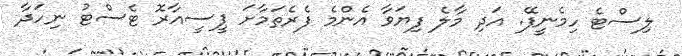
ލިސްޓެ ހިމެނީފޭ. އަދި މާލެ ފިޔަވާ އެންމެ ފެރެތަމާށަ ޕީސީއާރޮ ޓެސްޓު ނިހަދާ